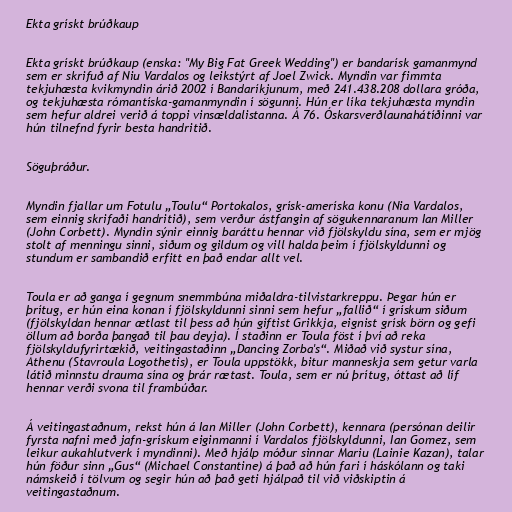
Ekta grískt brúðkaup

Ekta grískt brúðkaup (enska: "My Big Fat Greek Wedding") er bandarísk gamanmynd
sem er skrifuð af Niu Vardalos og leikstýrt af Joel Zwick. Myndin var fimmta
tekjuhæsta kvikmyndin árið 2002 í Bandaríkjunum, með 241.438.208 dollara gróða,
og tekjuhæsta rómantíska-gamanmyndin í sögunni. Hún er líka tekjuhæsta myndin
sem hefur aldrei verið á toppi vinsældalistanna. Á 76. Óskarsverðlaunahátíðinni var
hún tilnefnd fyrir besta handritið.

Söguþráður.

Myndin fjallar um Fotulu „Toulu“ Portokalos, grísk-ameríska konu (Nia Vardalos,
sem einnig skrifaði handritið), sem verður ástfangin af sögukennaranum Ian Miller
(John Corbett). Myndin sýnir einnig baráttu hennar við fjölskyldu sína, sem er mjög
stolt af menningu sinni, siðum og gildum og vill halda þeim í fjölskyldunni og
stundum er sambandið erfitt en það endar allt vel.

Toula er að ganga í gegnum snemmbúna miðaldra-tilvistarkreppu. Þegar hún er
þrítug, er hún eina konan í fjölskyldunni sinni sem hefur „fallið“ í grískum siðum
(fjölskyldan hennar ætlast til þess að hún giftist Grikkja, eignist grísk börn og gefi
öllum að borða þangað til þau deyja). Í staðinn er Toula föst í því að reka
fjölskyldufyrirtækið, veitingastaðinn „Dancing Zorba's“. Miðað við systur sína,
Athenu (Stavroula Logothetis), er Toula uppstökk, bitur manneskja sem getur varla
látið minnstu drauma sína og þrár rætast. Toula, sem er nú þrítug, óttast að líf
hennar verði svona til frambúðar.

Á veitingastaðnum, rekst hún á Ian Miller (John Corbett), kennara (persónan deilir
fyrsta nafni með jafn-grískum eiginmanni í Vardalos fjölskyldunni, Ian Gomez, sem
leikur aukahlutverk í myndinni). Með hjálp móður sinnar Mariu (Lainie Kazan), talar
hún föður sinn „Gus“ (Michael Constantine) á það að hún fari í háskólann og taki
námskeið í tölvum og segir hún að það geti hjálpað til við viðskiptin á
veitingastaðnum.